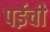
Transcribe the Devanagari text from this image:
पईची